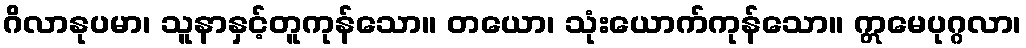
ဂိလာနုပမာ၊ သူနာနှင့်တူကုန်သော။ တယော၊ သုံးယောက်ကုန်သော။ ဣမေပုဂ္ဂလာ၊